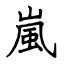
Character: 嵐